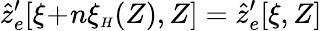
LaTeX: \hat{z}_{e}^{\prime}\! \left[\xi\! +\! n\xi_{{\scriptscriptstyle H}}(Z),Z\right]=\hat{z}_{e}^{\prime}\! \left[\xi,Z\right]